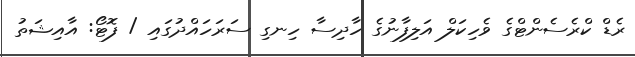
ރެޑް ކްރެސެންޓްގެ ވެހިކަލް އަލިފާނުގެ ހާދިސާ ހިނގި ސަރަހައްދުގައި / ފޮޓޯ: އާއިޝަތު